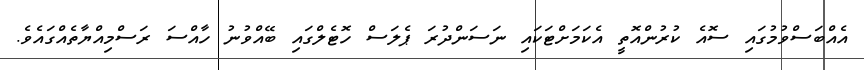
އެއްބަސްވުމުގައި ސޮއެ ކުރުންއޮތީ އެކަމަށްޓަކައި ނަސަންދުރަ ޕެލަސް ހޮޓެލްގައި ބޭއްވުނު ހާއްސަ ރަސްމިއްޔާތެއްގައެވެ.